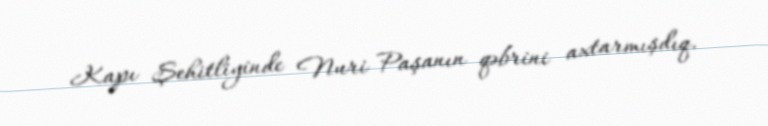
Kapı Şehitliyinde Nuri Paşanın qəbrini axtarmışdıq.